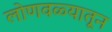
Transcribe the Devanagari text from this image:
लोणवळ्यातून